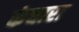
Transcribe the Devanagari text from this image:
कंधारा